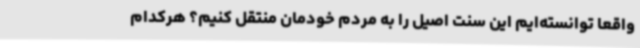
واقعا توانسته‌ایم این سنت اصیل را به مردم خودمان منتقل کنیم؟ هرکدام